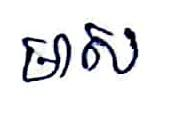
មាស